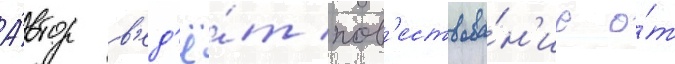
А́втор в'ед'ё́т пов'ествова́н'ие о́т